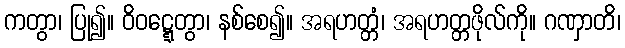
ကတွာ၊ ပြု၍။ ဝိဝဋ္ဋေတွာ၊ နစ်စေ၍။ အရဟတ္တံ၊ အရဟတ္တဖိုလ်ကို။ ဂဏှာတိ၊